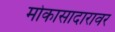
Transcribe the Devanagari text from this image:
मोकासादारावर